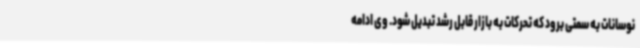
نوسانات به سمتی برود که تحرکات به بازار قابل رشد تبدیل شود. وی ادامه